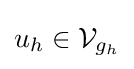
u_{h}\in {\mathcal {V}}_{g_{h}}